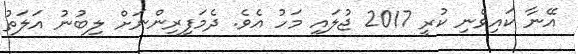
އޭނާ ކައިވެނި ކުރީ 2017 ޖުލައި މަހު އެވެ. ދެމަފިރިންނަށް ލިބުނު އަލަތު